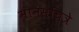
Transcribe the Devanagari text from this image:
मानसचित्रे